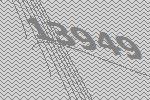
13949